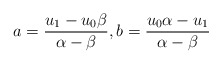
\begin{align*} a=\frac{u_1-u_0\beta}{\alpha-\beta},b=\frac{u_0\alpha-u_1}{\alpha-\beta}\end{align*}